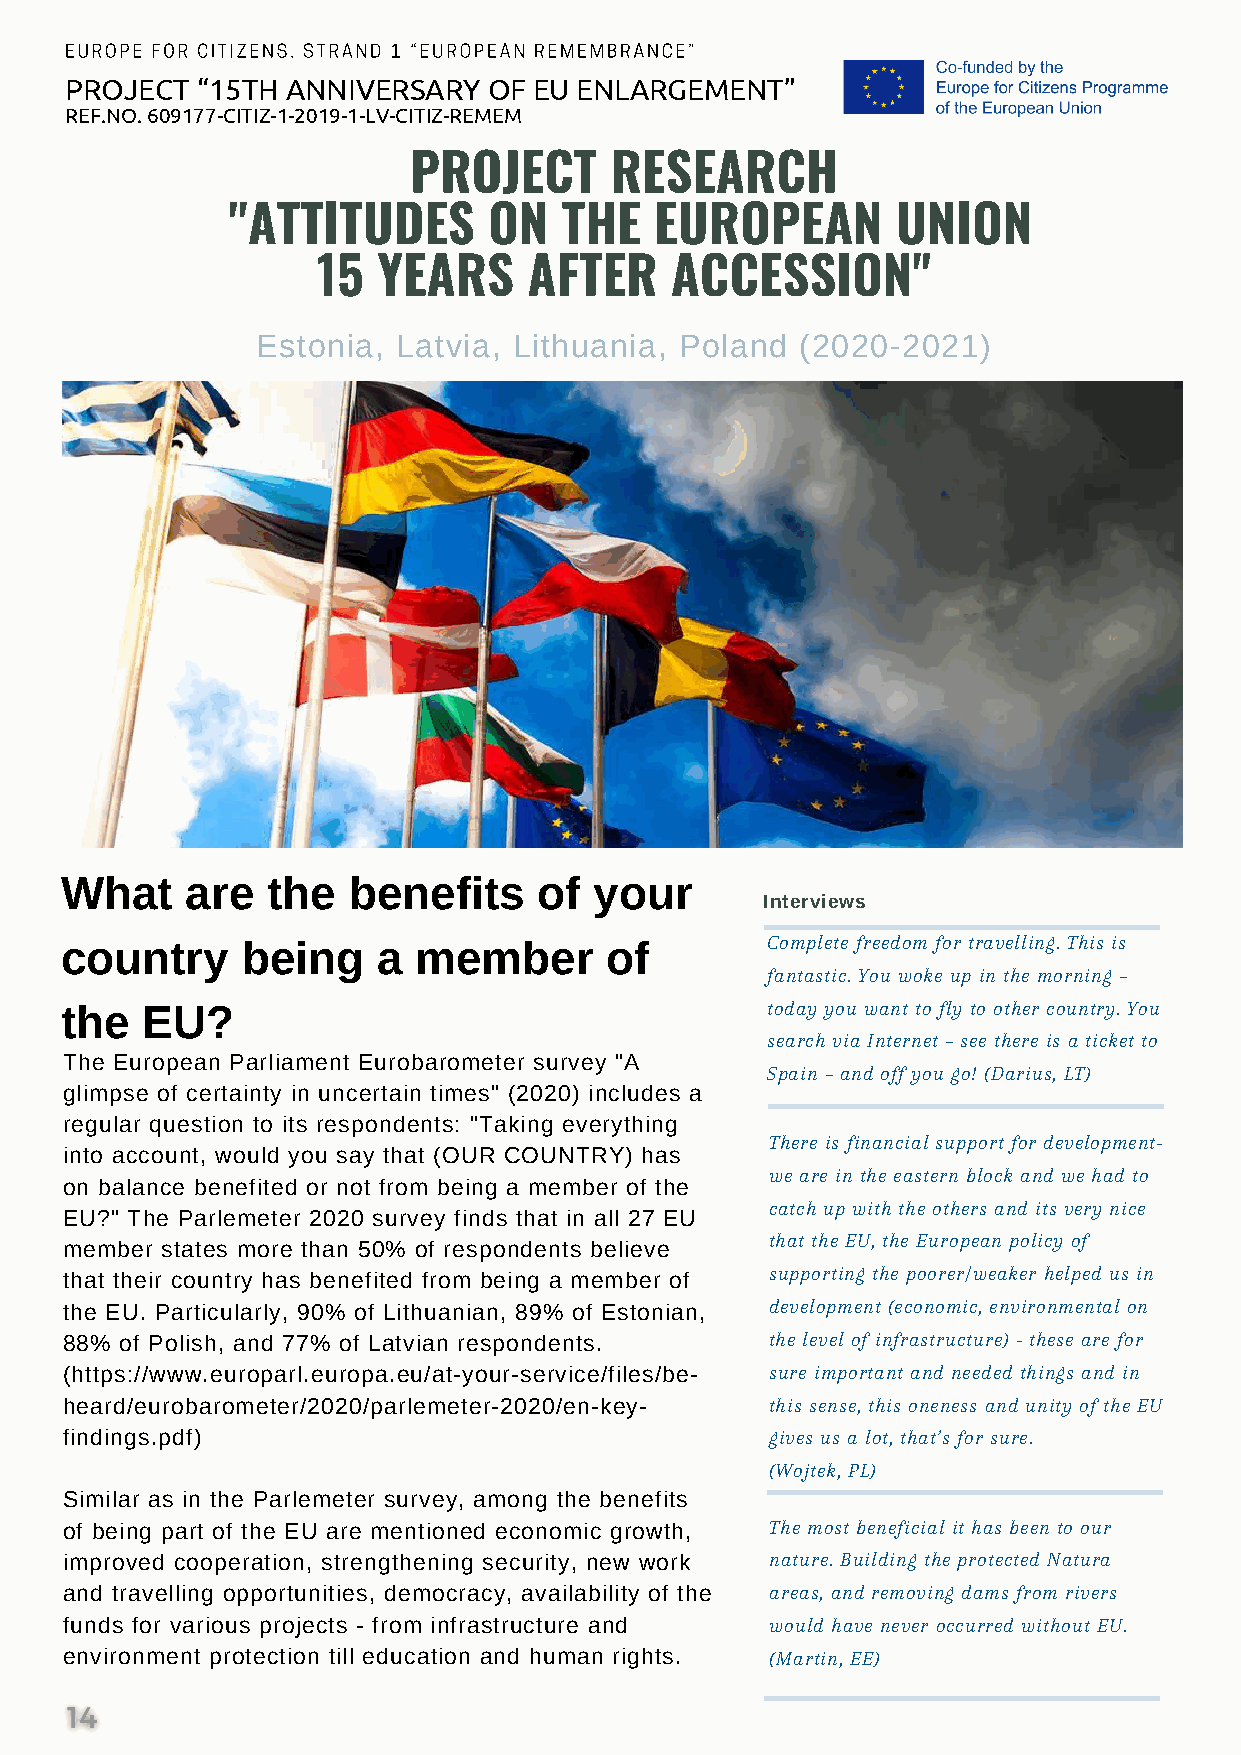
EUROPE FOR CITIZENS. STRAND 1 “EUROPEAN REMEMBRANCE”
 PROJECT  “15TH ANNIVERSARY  OF EU ENLARGEMENT”
 REF.NO. 609177-CITIZ-1-2019-1-LV-CITIZ-REMEM
 PROJECT      RESEARCH
 "ATTITUDES       ON   THE   EUROPEAN        UNION
 15  YEARS     AFTER    ACCESSION"
 Estonia, Latvia, Lithuania, Poland  (2020-2021)
 What    are   the  benefits     of your
 Interviews
 country     being    a member       of         Complete freedom for travelling. This is
 fantastic. You woke up in the morning –
 the  EU?                                       today you want to fly to other country. You
 search via Internet – see there is a ticket to
 The European Parliament Eurobarometer survey "A
 Spain – and off you go! (Darius, LT)
 glimpse of certainty in uncertain times" (2020) includes a
 regular question to its respondents: "Taking everything
 There is financial support for development-
 into account, would you say that (OUR COUNTRY) has
 we are in the eastern block and we had to
 on balance benefited or not from being a member of the
 catch up with the others and its very nice
 EU?" The Parlemeter 2020 survey finds that in all 27 EU
 that the EU, the European policy of
 member states more than 50% of respondents believe
 supporting the poorer/weaker helped us in
 that their country has benefited from being a member of
 the EU. Particularly, 90% of Lithuanian, 89% of Estonian, development (economic, environmental on
 88% of Polish, and 77% of Latvian respondents. the level of infrastructure) - these are for
 (https://www.europarl.europa.eu/at-your-service/files/be- sure important and needed things and in
 heard/eurobarometer/2020/parlemeter-2020/en-key- this sense, this oneness and unity of the EU
 findings.pdf)                                  gives us a lot, that’s for sure.
 (Wojtek, PL)
 Similar as in the Parlemeter survey, among the benefits
 of being part of the EU are mentioned economic growth, The most beneficial it has been to our
 improved cooperation, strengthening security, new work nature. Building the protected Natura
 and travelling opportunities, democracy, availability of the areas, and removing dams from rivers
 funds for various projects - from infrastructure and would have never occurred without EU.
 environment protection till education and human rights. (Martin, EE)